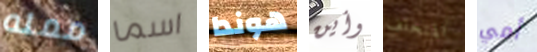
ممله اسما هوندا وأين المتخلف أمي